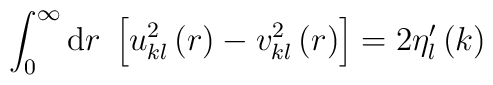
\int_0^\infty{\rm d}r\;\left[u_{kl}^2\left(r\right)-v_{kl}^2\left(r\right)\right]=2\eta'_l\left(k\right)